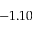
- 1 . 1 0